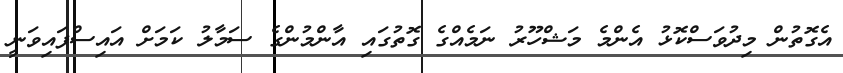
އެގޮތުން މިދުވަސްކޮޅު އެންމެ މަޝްހޫރު ނަމެއްގެ ގޮތުގައި އާންމުންގެ ސަމާލު ކަމަށް އައިސްފައިވަނީ